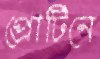
প্রোটিনে